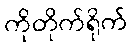
ကိုတိုက်ရိုက်